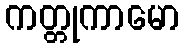
ကတ္တုကာမော